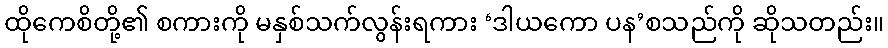
ထိုကေစိတို့၏ စကားကို မနှစ်သက်လွန်းရကား ‘ဒါယကော ပန’စသည်ကို ဆိုသတည်း။